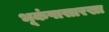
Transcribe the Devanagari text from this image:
भूकंपासारखा